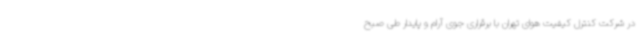
در شرکت کنترل کیفیت هوای تهران با برقراری جوی آرام و پایدار طی صبح